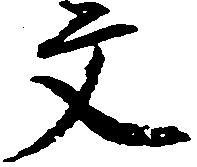
文